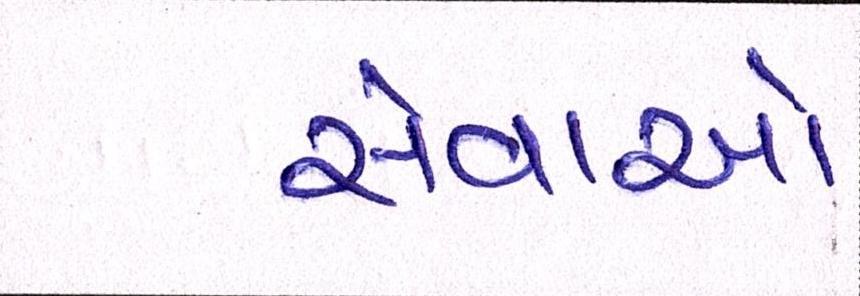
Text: સેવાઓ